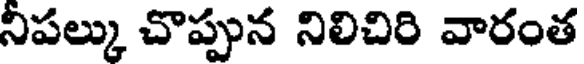
నిపల్కు చొప్పున నిలిచిరి వారంత